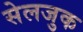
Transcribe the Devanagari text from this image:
सेलजुक